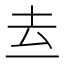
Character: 𱍑